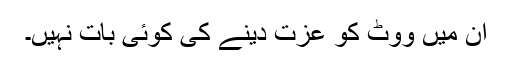
ان میں ووٹ کو عزت دینے کی کوئی بات نہیں۔